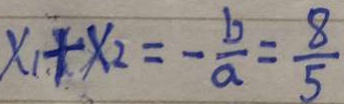
x _ { 1 } + x _ { 2 } = - \frac { b } { a } = \frac { 8 } { 5 }